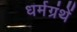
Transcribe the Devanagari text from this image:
धर्मग्रंथें